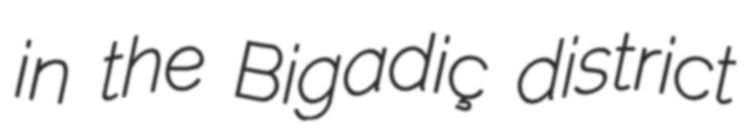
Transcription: in the Bigadiç district